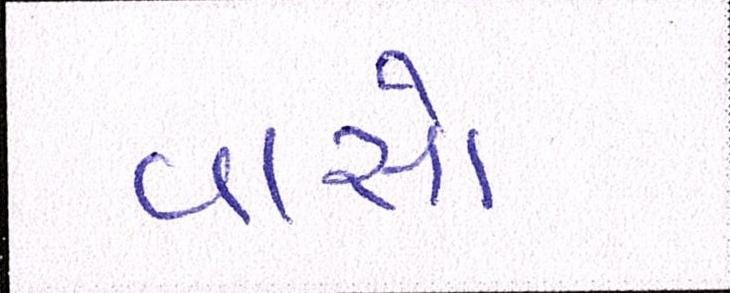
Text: વાસો